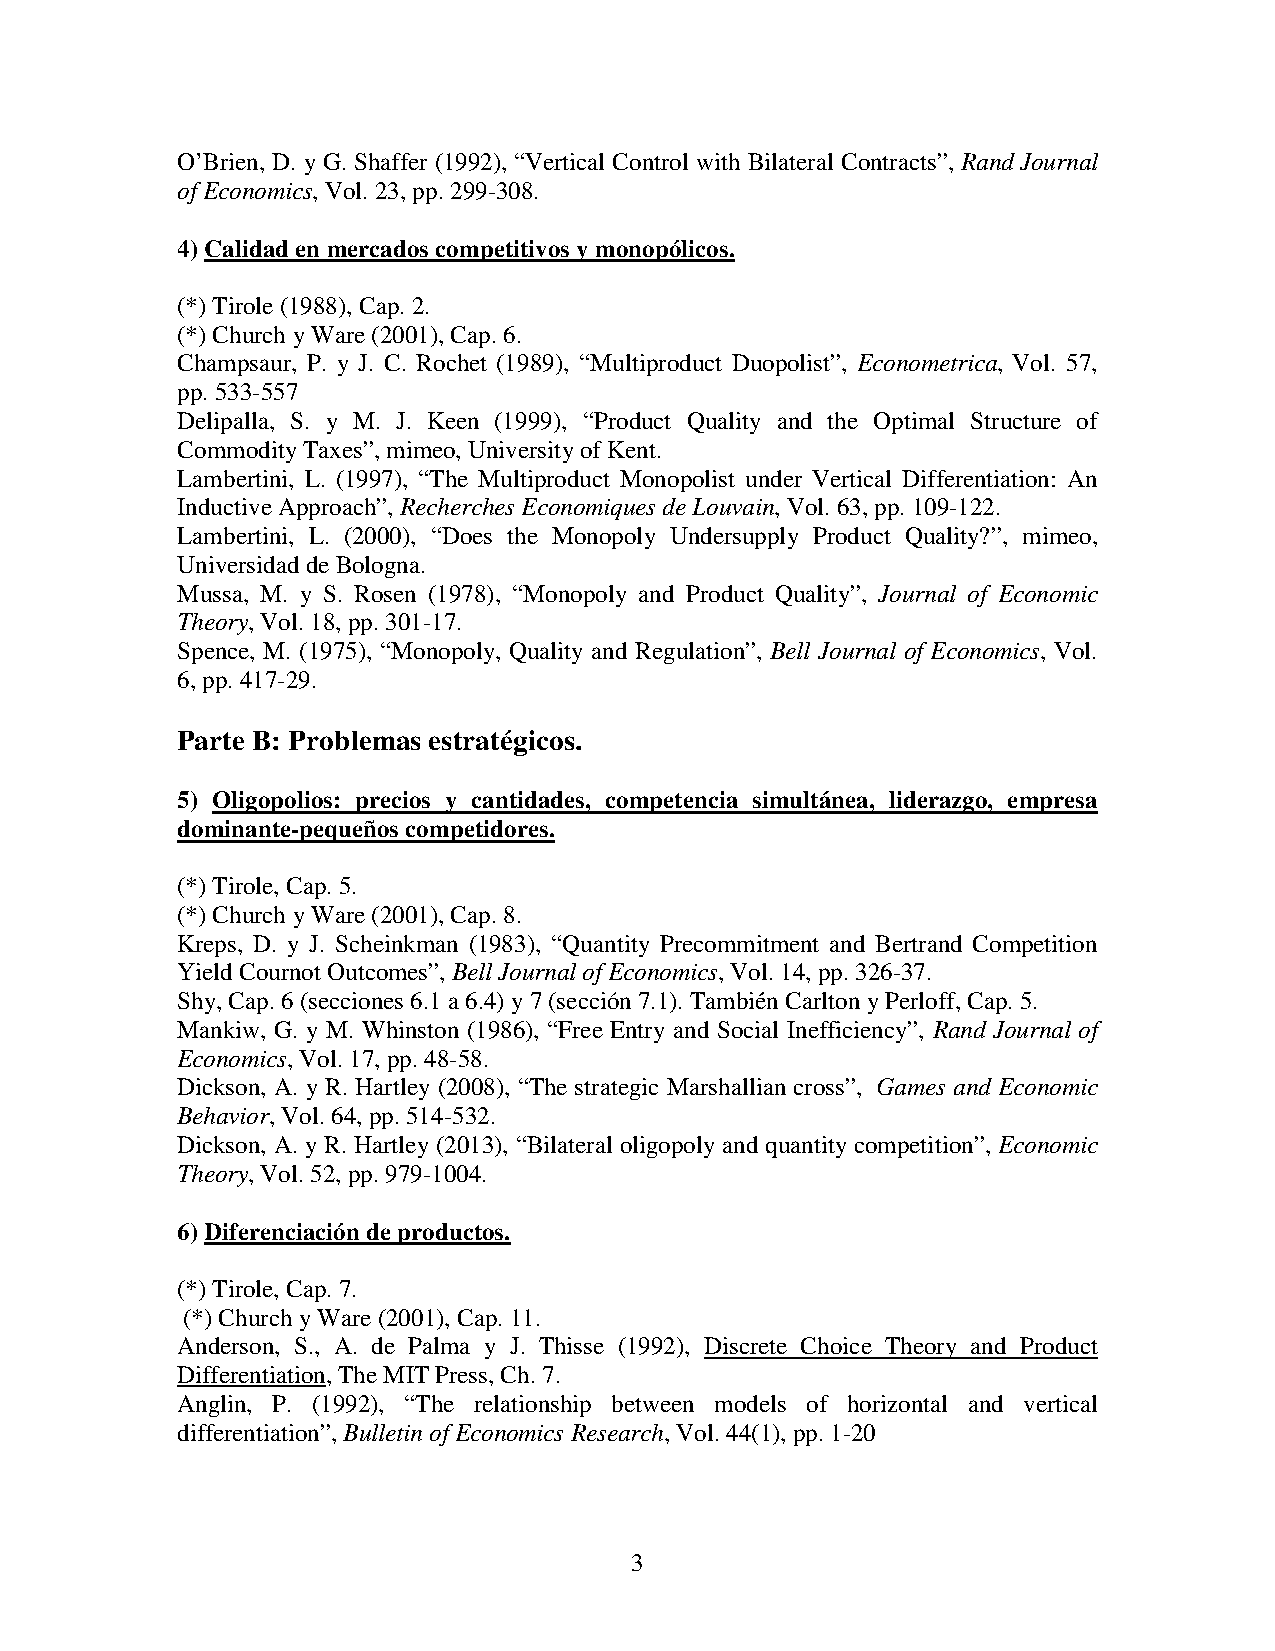
O’Brien, D. y G. Shaffer (1992), “Vertical Control with Bilateral Contracts”, Rand Journal
 of Economics, Vol. 23, pp. 299-308.
 4) Calidad en mercados competitivos y monopólicos.
 (*) Tirole (1988), Cap. 2.
 (*) Church y Ware (2001), Cap. 6.
 Champsaur, P. y J. C. Rochet (1989), “Multiproduct Duopolist”, Econometrica, Vol. 57,
 pp. 533-557
 Delipalla, S. y M. J. Keen (1999), “Product Quality and the Optimal Structure of
 Commodity Taxes”, mimeo, University of Kent.
 Lambertini, L. (1997), “The Multiproduct Monopolist under Vertical Differentiation: An
 Inductive Approach”, Recherches Economiques de Louvain, Vol. 63, pp. 109-122.
 Lambertini, L. (2000), “Does the Monopoly Undersupply Product Quality?”, mimeo,
 Universidad de Bologna.
 Mussa, M. y S. Rosen (1978), “Monopoly and Product Quality”, Journal of Economic
 Theory, Vol. 18, pp. 301-17.
 Spence, M. (1975), “Monopoly, Quality and Regulation”, Bell Journal of Economics, Vol.
 6, pp. 417-29.
 Parte B: Problemas estratégicos.
 5) Oligopolios: precios y cantidades, competencia simultánea, liderazgo, empresa
 dominante-pequeños competidores.
 (*) Tirole, Cap. 5.
 (*) Church y Ware (2001), Cap. 8.
 Kreps, D. y J. Scheinkman (1983), “Quantity Precommitment and Bertrand Competition
 Yield Cournot Outcomes”, Bell Journal of Economics, Vol. 14, pp. 326-37.
 Shy, Cap. 6 (secciones 6.1 a 6.4) y 7 (sección 7.1). También Carlton y Perloff, Cap. 5.
 Mankiw, G. y M. Whinston (1986), “Free Entry and Social Inefficiency”, Rand Journal of
 Economics, Vol. 17, pp. 48-58.
 Dickson, A. y R. Hartley (2008), “The strategic Marshallian cross”, Games and Economic
 Behavior, Vol. 64, pp. 514-532.
 Dickson, A. y R. Hartley (2013), “Bilateral oligopoly and quantity competition”, Economic
 Theory, Vol. 52, pp. 979-1004.
 6) Diferenciación de productos.
 (*) Tirole, Cap. 7.
 (*) Church y Ware (2001), Cap. 11.
 Anderson, S., A. de Palma y J. Thisse (1992), Discrete Choice Theory and Product
 Differentiation, The MIT Press, Ch. 7.
 Anglin, P. (1992), “The relationship between models of horizontal and vertical
 differentiation”, Bulletin of Economics Research, Vol. 44(1), pp. 1-20
 3